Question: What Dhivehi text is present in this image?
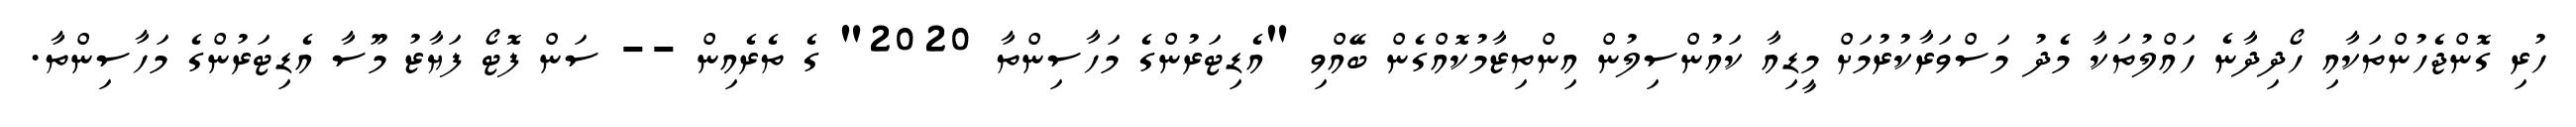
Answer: ހުރި ގޮންޖެހުންތަކާއި ހޯދިދާނެ ހައްލުތަކާ މެދު މަސްވަރާކުރުމަށް މީޑިއާ ކައުންސިލުން އިންތިޒާމުކޮއްގެން ބޭއްވި "އެޑިޓަރުންގެ މަހާސިންތާ 2020" ގެ ތެރެއިން -- ސަން ފޮޓޯ ފަޔާޒު މޫސާ އެޑިޓަރުންގެ މަހާސިންތާ.